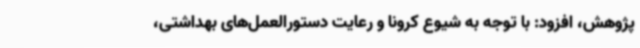
پژوهش، افزود: با توجه به شیوع کرونا و رعایت دستورالعمل‌های بهداشتی،